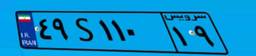
۴۹S۱۱۰۱۹